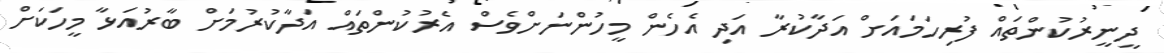
ދީނީރުކުންތައް ފުރިހަމައަށް އަދާކުރާ އަދި އެހެން މީހުންނަށްވެސް އެރުކުންތައް އަދާކުރުމަށް ބާރުއަޅާ މީހަކަށް